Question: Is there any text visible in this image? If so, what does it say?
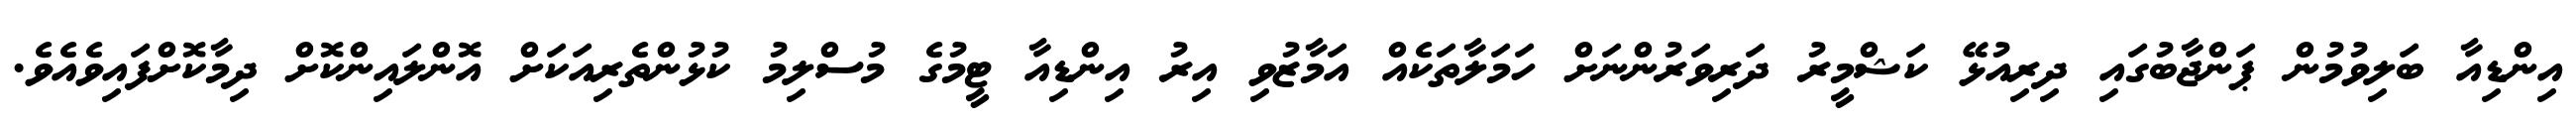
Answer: އިންޑިއާ ބަލިވުމުން ޕަންޖާބުގައި ދިރިއުޅޭ ކަޝްމީރު ދަރިވަރުންނަށް ހަމަލާތަކެއް އަމާޒުވި އިރު އިންޑިއާ ޓީމުގެ މުސްލިމު ކުޅުންތެރިއަކަށް އޮންލައިންކޮށް ދިމާކޮށްފައިވެއެވެ.